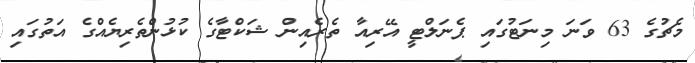
މެޗުގެ 63 ވަނަ މިނަޓުގައި ޕެނަލްޓީ އޭރިއާ ތެރެއިން ޝަކްޓާގެ ކުޅުންތެރިޔެއްގެ އަތުގައި